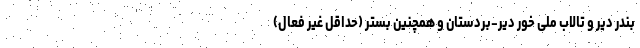
بندر دیر و تالاب ملی خور دیّر-بردستان و همچنین بستر (حداقل غیر فعال)